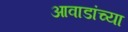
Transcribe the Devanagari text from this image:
आवाडांच्या